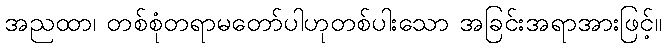
အညထာ၊ တစ်စုံတရာမတော်ပါဟုတစ်ပါးသော အခြင်းအရာအားဖြင့်။